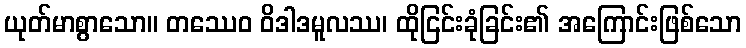
ယုတ်မာစွာသော။ တဿေဝ ဝိဒါဒမူလဿ၊ ထိုငြင်းခုံခြင်း၏ အကြောင်းဖြစ်သော